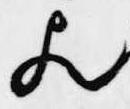
歟